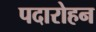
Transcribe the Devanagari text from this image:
पदारोहन